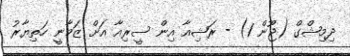
ދިމިޝްގް (ޖޫން 1) - ރަޝިއާ އިން ސީރިއާ އަށް ޒަމާނީ ހަތިޔާރު